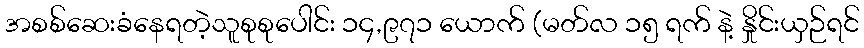
အစစ်ဆေးခံနေရတဲ့သူစုစုပေါင်း ၁၄,၉၇၁ ယောက် (မတ်လ ၁၅ ရက် နဲ့ နှိုင်းယှဉ်ရင်